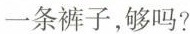
一条裤子，够吗?